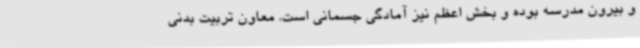
و بیرون مدرسه بوده و بخش اعظم نیز آمادگی جسمانی است. معاون تربیت بدنی